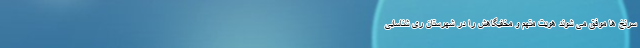
سرنخ ها موفق می شوند هویت متهم و مخفیگاهش را در شهرستان ری شناسایی